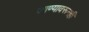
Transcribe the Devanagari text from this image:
जाण्यावरूनही